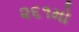
૨૬૧મો